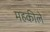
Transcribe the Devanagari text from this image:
महकीले